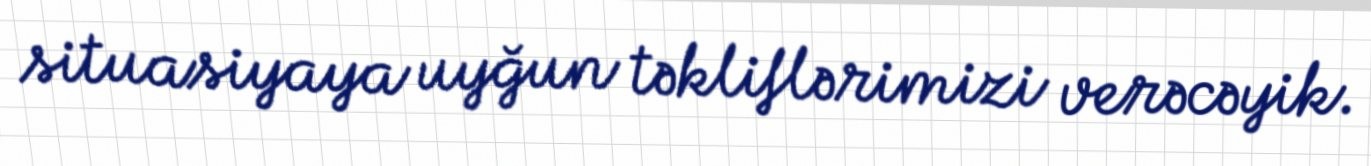
situasiyaya uyğun təkliflərimizi verəcəyik.